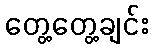
တွေ့တွေ့ချင်း